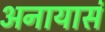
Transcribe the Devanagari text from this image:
अनायासं